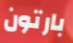
بارتون